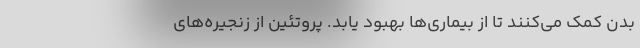
بدن کمک می‌کنند تا از بیماری‌ها بهبود یابد. پروتئین از زنجیره‌های